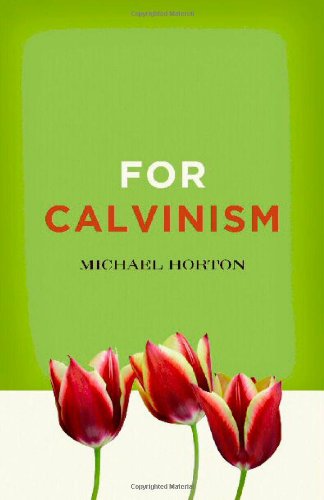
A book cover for For Calvinism; Michael Horton; Christian Books & Bibles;